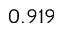
0 . 9 1 9